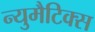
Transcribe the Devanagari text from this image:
न्युमैटिक्स